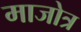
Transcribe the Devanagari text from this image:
माजोत्र